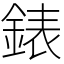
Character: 錶